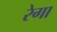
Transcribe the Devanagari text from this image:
रेगा